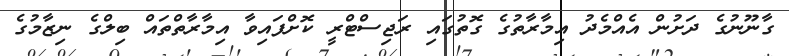
ގާނޫނުގެ ދަށުން އެއްމެދު އިމާރާތުގެ ގޮތުގައި ރަޖިސްޓްރީ ކޮށްފައިވާ އިމާރާތްތައް ބިލްގެ ނިޒާމުގެ